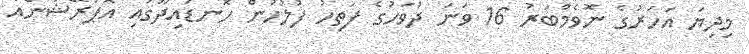
މިދިޔަ އަހަރުގެ ނޮވެމްބަރު 16 ވަނަ ދުވަހުގެ ފަތިހު ފުލުހުން ހޮނޑައިދޫގައި އޮޕަރޭޝަނެއް